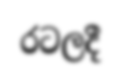
රටලදී